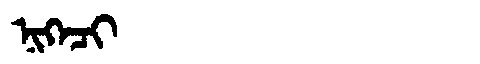
Manchu: ᠨᡳᡴᡝᠴᡳ
Romanization: NIKECI